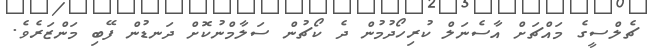
ޗެލްސީގެ މައްޗަށް އާސެނަލް ކުރިހޯދުމުން ދެ ކޯޗުން ސަލާމްނުކޮށް ދަނޑުން ފޭބި މަންޒަރެވެ.